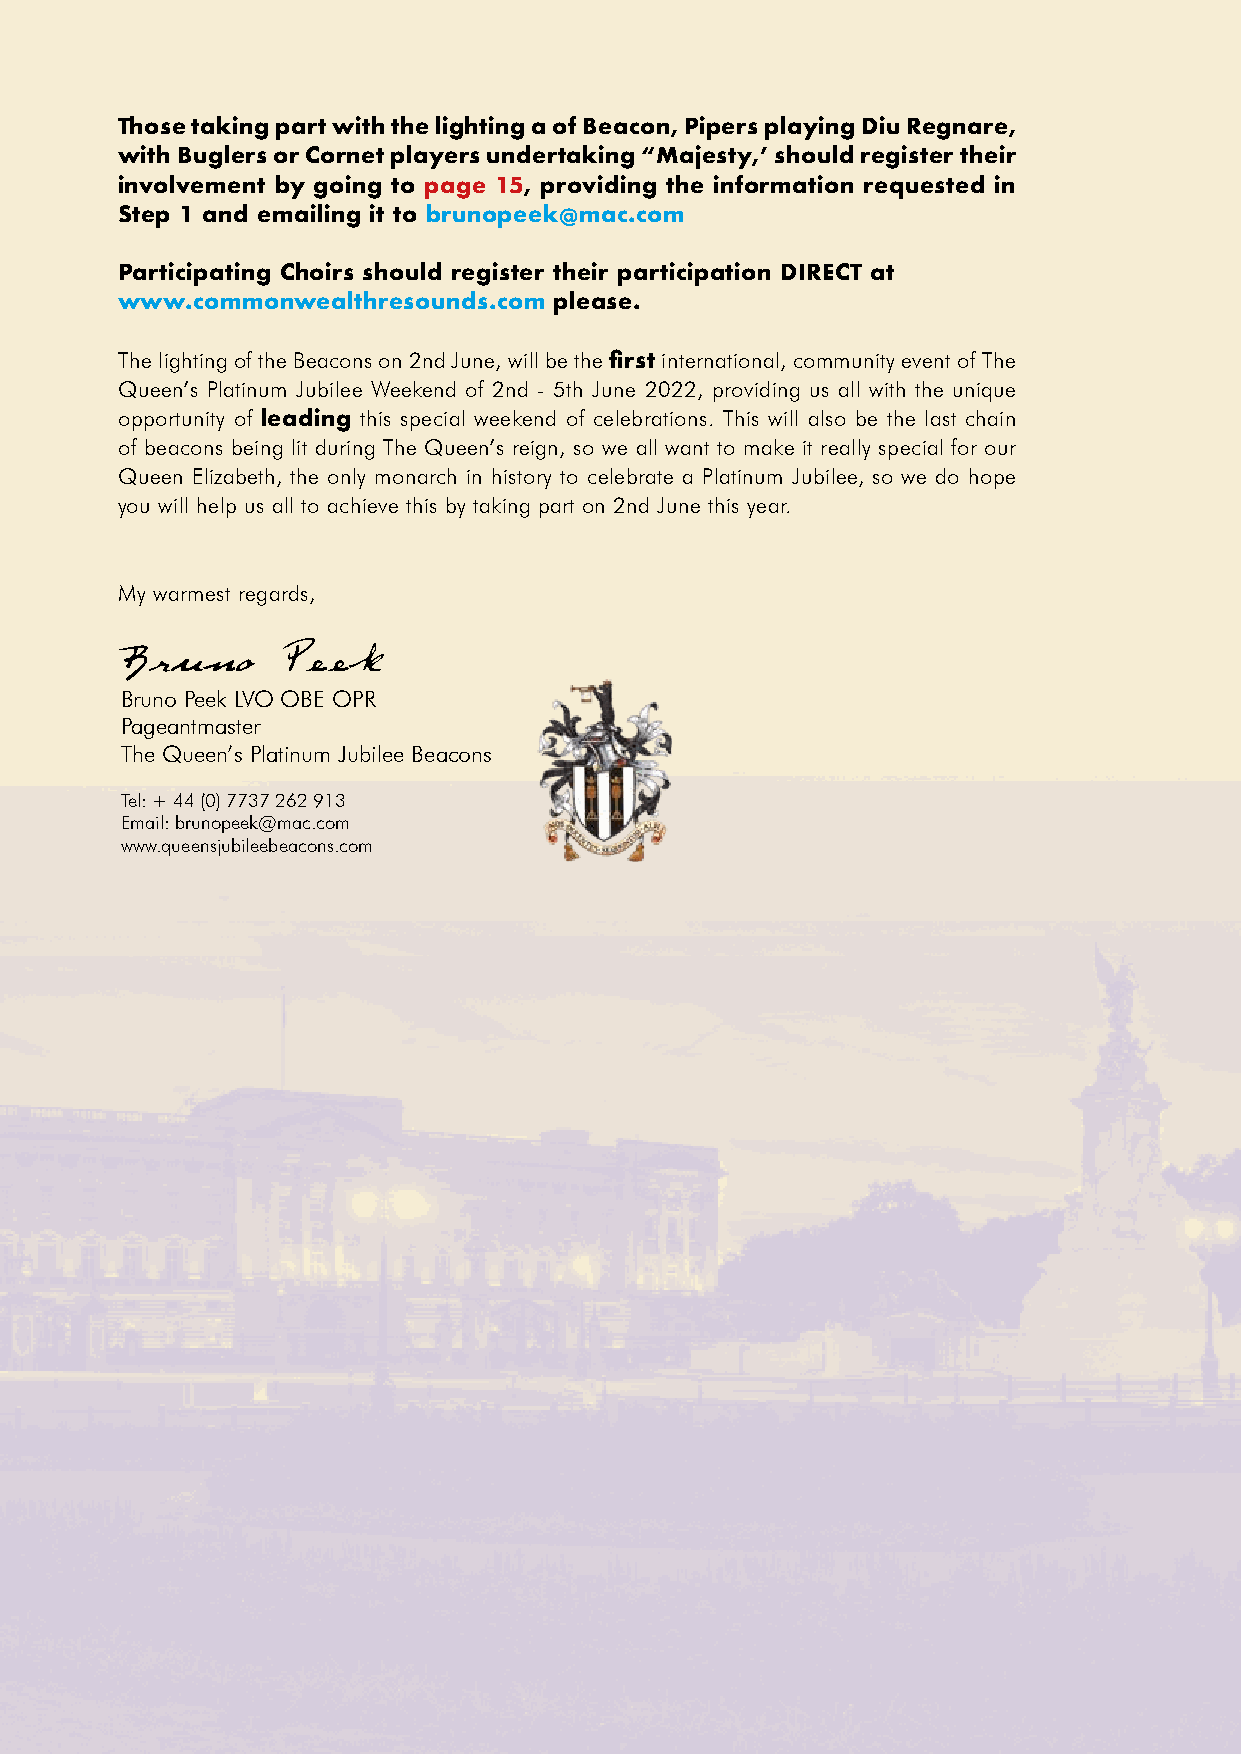
Those taking part with the lighting a of Beacon, Pipers playing Diu Regnare,
 with Buglers or Cornet players undertaking “Majesty,’ should register their
 involvement by going to page 15, providing the information requested in
 Step 1 and emailing it to brunopeek@mac.com
 Participating Choirs should register their participation DIRECT at
 www.commonwealthresounds.com please.
 The lighting of the Beacons on 2nd June, will be the first international, community event of The
 Queen’s Platinum Jubilee Weekend of 2nd - 5th June 2022, providing us all with the unique
 opportunity of leading this special weekend of celebrations. This will also be the last chain
 of beacons being lit during The Queen’s reign, so we all want to make it really special for our
 Queen Elizabeth, the only monarch in history to celebrate a Platinum Jubilee, so we do hope
 you will help us all to achieve this by taking part on 2nd June this year.
 My warmest regards,
 Bruno Peek LVO OBE OPR
 Pageantmaster
 The Queen’s Platinum Jubilee Beacons
 Tel: + 44 (0) 7737 262 913
 Email: brunopeek@mac.com
 www.queensjubileebeacons.com